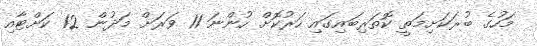
މަހުގެ ބުރަކަށިމަތީ ކޮތަރިބައިގައި ހަރުކޮށް ހުންނަ 11 ވަރަށް މަދުން 12 ކަށްޓާއި